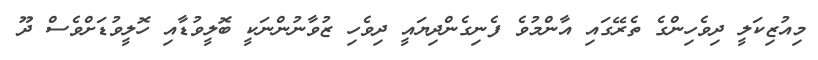
މިއުޒިކަލީ ދިވެހިންގެ ތެރޭގައި އާންމުވެ ފެނިގެންދިޔައީ ދިވެހި ޒުވާނުންނަކީ ބޮލީވުޑާއި ހޮލީވުޑަށްވެސް ދޫ